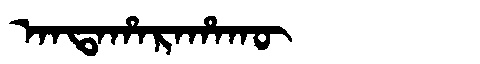
Manchu: ᠠᠨᡨᠠᡥᠠᡵᠠᡥᠠᡴᡡ
Romanization: ANTAHARAHAKŪ